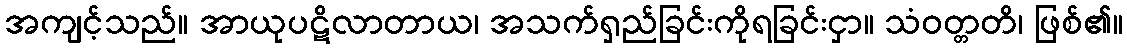
အကျင့်သည်။ အာယုပဋိလာတာယ၊ အသက်ရှည်ခြင်းကိုရခြင်းငှာ။ သံဝတ္တတိ၊ ဖြစ်၏။